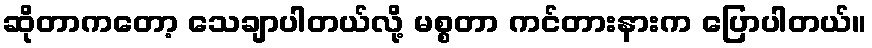
ဆိုတာကတော့ သေချာပါတယ်လို့ မစ္စတာ ကင်တားနားက ပြောပါတယ်။